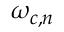
\omega _ { c , n }